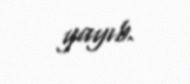
yayıb.